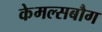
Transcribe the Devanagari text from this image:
केमल्सबौग